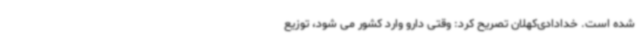
شده است. خدادادی‌کهلان تصریح کرد: وقتی دارو وارد کشور می شود، توزیع